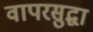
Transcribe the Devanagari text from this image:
वापरसुद्घा